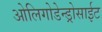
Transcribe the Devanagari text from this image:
ओलिगोडेन्ड्रोसाईट